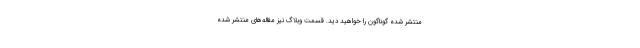
منتشر شده گوناگون را خواهید دید. قسمت وبلاگ نیز مقاله‌های منتشر شده